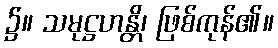
၌။ သမုဋ္ဌဟန္တိ၊ ဖြစ်ကုန်၏။